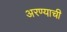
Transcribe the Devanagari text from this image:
अरण्याची